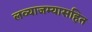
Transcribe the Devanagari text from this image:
लव्याजम्यासहित